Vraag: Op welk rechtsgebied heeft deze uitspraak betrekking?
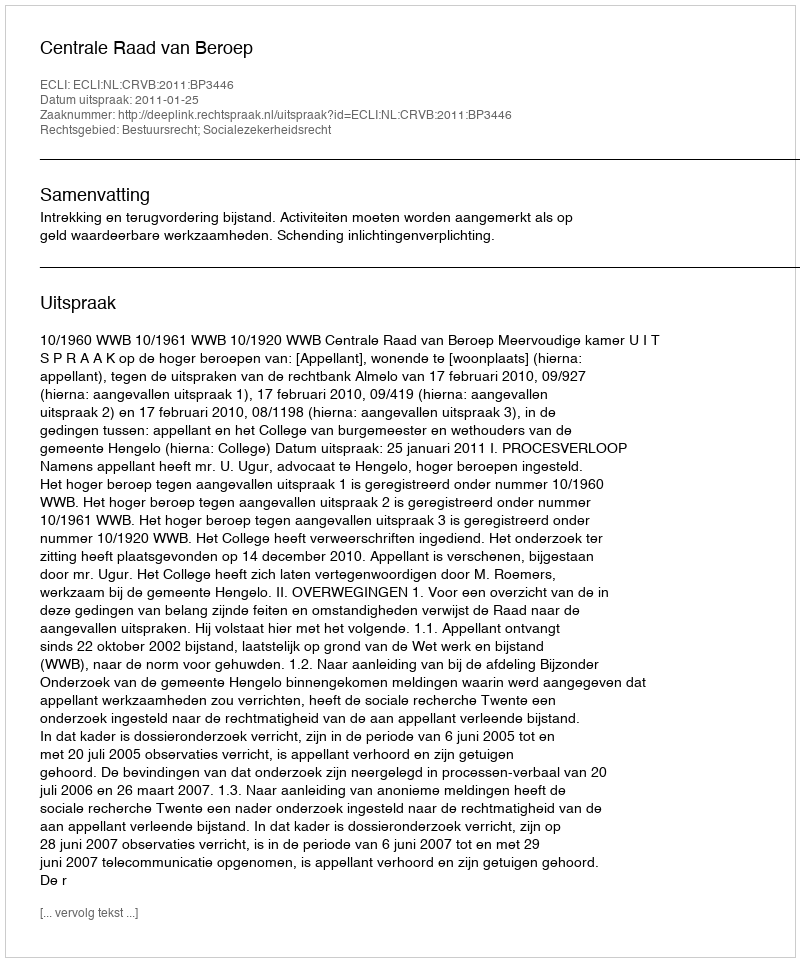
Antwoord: Bestuursrecht; Socialezekerheidsrecht